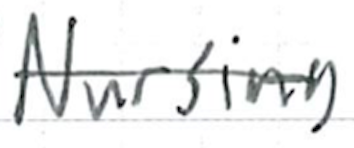
Text: Nursing
Cross-out: single-line
Writing tool: ballpoint